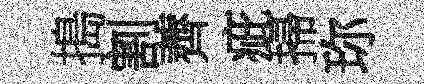
搗割薺疵掃珎